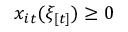
x _ { i t } ( \xi _ { [ t ] } ) \geq 0